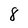
Character: 8